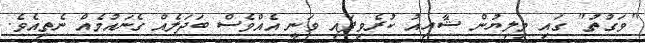
"ވަގުތު" ގައި މިލިޔުން ޝާއިއު ކުރެވިފައި ވަނީ އެއްވެސް ބަދަލެއް ގެނައުމެއް ނެތިއެވެ.